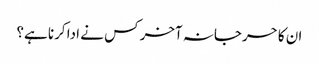
ان کا حرجانہ آخر کس نے ادا کرنا ہے؟